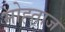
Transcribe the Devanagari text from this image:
मोह्ताज